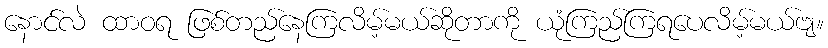
နောင်လဲ ထာဝရ ဖြစ်တည်နေကြလိမ့်မယ်ဆိုတာကို ယုံကြည်ကြရပေလိမ့်မယ်ဗျ။